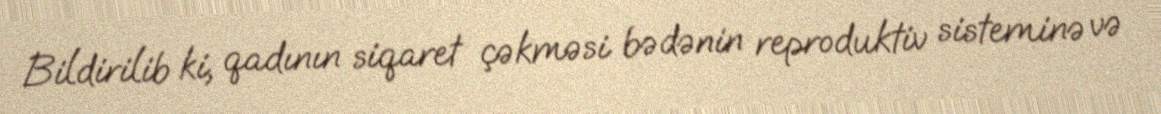
Bildirilib ki, qadının siqaret çəkməsi bədənin reproduktiv sisteminə və